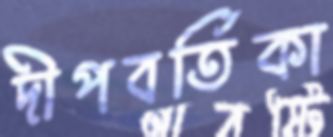
দীপবর্তিকা